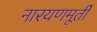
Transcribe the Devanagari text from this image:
नारयणमूर्ती